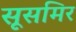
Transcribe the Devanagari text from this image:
सूसमिर